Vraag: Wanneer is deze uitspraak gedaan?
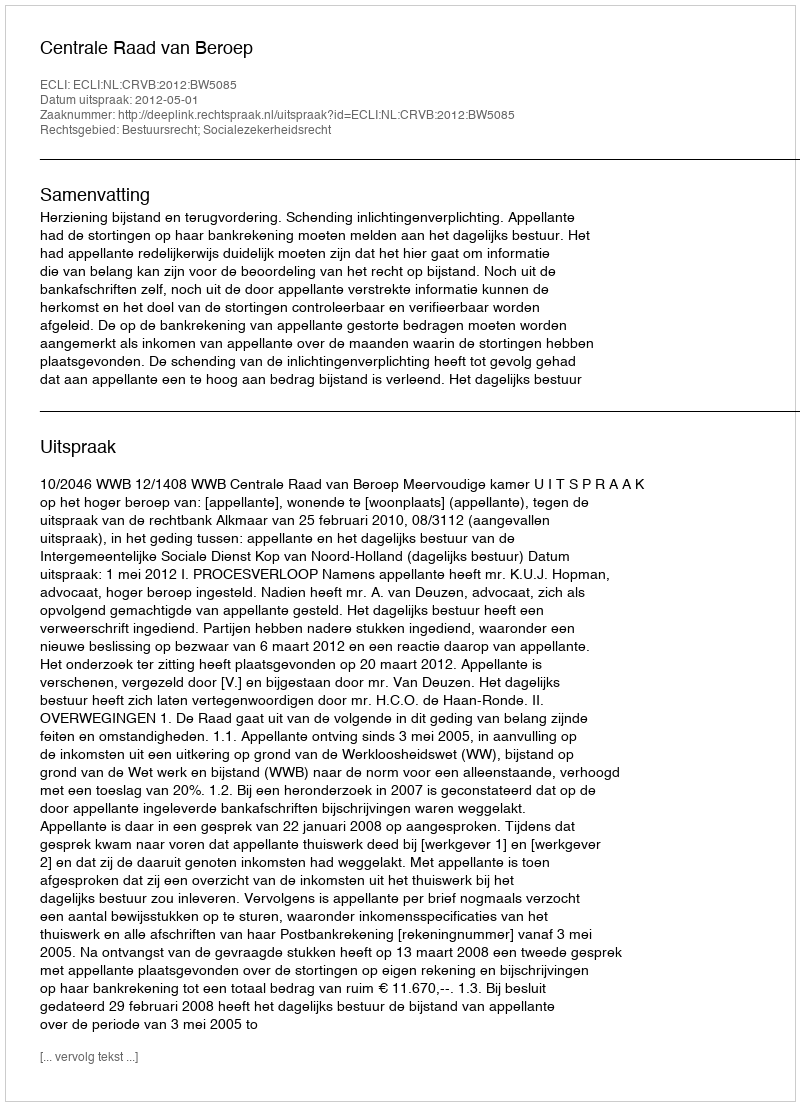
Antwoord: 2012-05-01